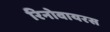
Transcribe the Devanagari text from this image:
रिनोवायरस